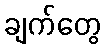
ချက်တွေ